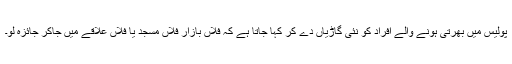
پولیس میں بھرتی ہونے والے افراد کو نئی گاڑیاں دے کر کہا جاتا ہے کہ فلاں بازار فلاں مسجد یا فلاں علاقے میں جاکر جائزہ لو۔